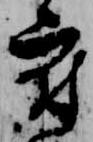
府